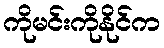
ကိုမင်းကိုနိုင်က